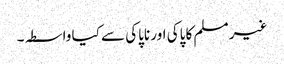
غیر مسلم کا پاکی اور ناپاکی سے کیا واسطہ۔